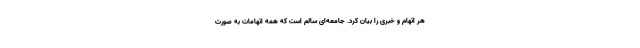
هر اتهام و خبری را بیان کرد. جامعه‌ای سالم است که همه اتهامات به صورت